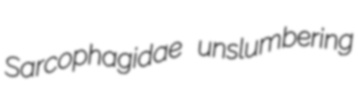
Sarcophagidae unslumbering